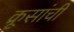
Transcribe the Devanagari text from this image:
क्रूसांची